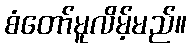
စံတော်မူလိမ့်မည်။